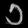
Digit: ၁